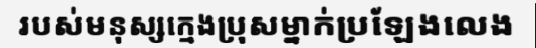
របស់មនុស្សក្មេងប្រុសម្នាក់ប្រឡែងលេង